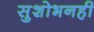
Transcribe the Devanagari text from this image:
सुशोभनही